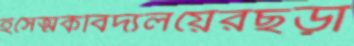
ইসেত্মকবিদ্যলয়েরছড়া